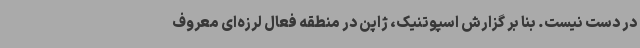
در دست نیست. بنا بر گزارش اسپوتنیک، ژاپن در منطقه فعال لرزه‌ای معروف